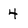
Character: 4